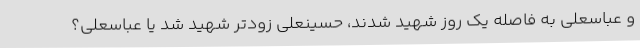
و عباسعلی به فاصله یک روز شهید شدند، حسینعلی زودتر شهید شد یا عباسعلی؟